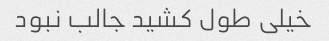
خیلی طول کشید جالب نبود